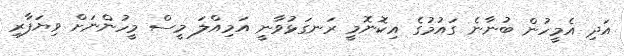
އަދި އެމީހުން ބުނާނެ ގައުމުގެ އިކޮނޮމީ ރަނގަޅުވާނީ އަމިއްލަ މީސް މީހުންނަށް ވިޔަފާރި